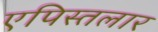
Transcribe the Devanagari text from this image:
एपिस्तलार